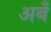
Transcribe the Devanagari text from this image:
अबँ